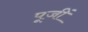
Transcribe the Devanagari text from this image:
पूजीं